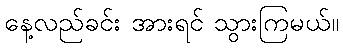
နေ့လည်ခင်း အားရင် သွားကြမယ်။